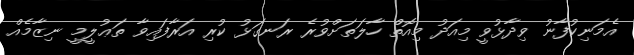
އެމަނިކުފާނު ވިދާޅުވީ މިއަދު މިއޮތް ހާލަތަށްވުރެ ރަނގަޅު ކުރި އަރާފައިވާ ތަޢުލީމީ ނިޒާމެއް